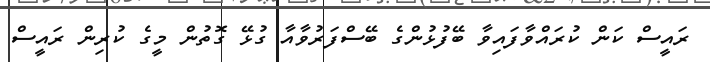
ރައީސް ކަން ކުރައްވާފައިވާ ބޭފުޅުންގެ ބޭސްފަރުވާއާ ގުޅޭ ގޮތުން މީގެ ކުރިން ރައީސް